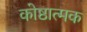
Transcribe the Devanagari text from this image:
कोष्ठात्मक